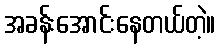
အခန်းအောင်းနေတယ်တဲ့။